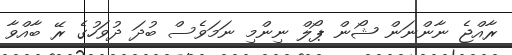
ރާއްޖެ ނާންނަން ޝޯން ޕޯލް ނިންމި ނަމަވެސް ބުދަ ދުވަހުގެ ރޭ ބާއްވާ